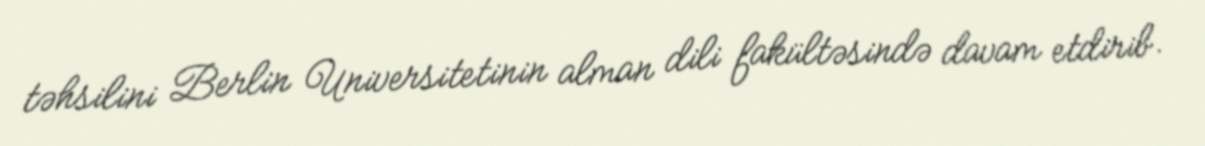
təhsilini Berlin Universitetinin alman dili fakültəsində davam etdirib.